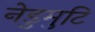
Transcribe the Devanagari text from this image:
नेडुमुटि